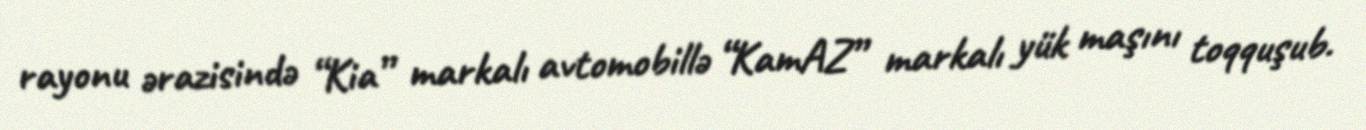
rayonu ərazisində “Kia” markalı avtomobillə “KamAZ” markalı yük maşını toqquşub.